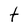
Character: t